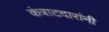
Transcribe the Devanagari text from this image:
कंत्राटदारांनी